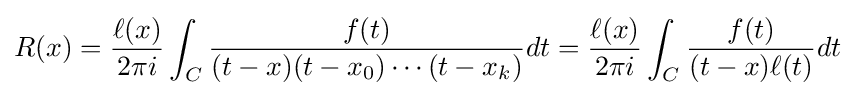
R(x)={\frac {\ell (x)}{2\pi i}}\int _{C}{\frac {f(t)}{(t-x)(t-x_{0})\cdots (t-x_{k})}}dt={\frac {\ell (x)}{2\pi i}}\int _{C}{\frac {f(t)}{(t-x)\ell (t)}}dt